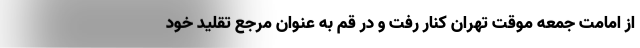
از امامت جمعه موقت تهران کنار رفت و در قم به عنوان مرجع تقلید خود